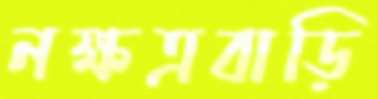
নক্ষত্রবাড়ি